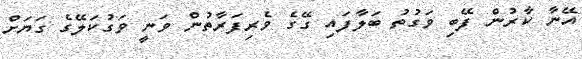
އޭނާ ކާރުން ފޭބި ވަގުތު ބަލާފައި ގޭގެ ވެރިފަރާތުން ވަނީ ވަގުކަލޭގެ ގަޔަށް